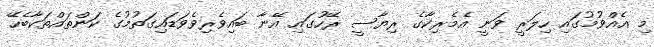
މި އެއްވުމުގައި ހިލަރީ ވަނީ އެމެރިކާގެ ރިޔާސީ ރޭހުގައި އޭނާ ބައިވެރިވެވަޑައިގަތުމުގެ ކަންތައްތަކާބެހޭ